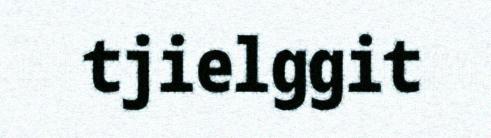
tjielggit